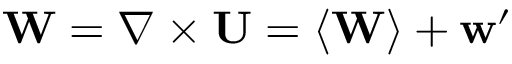
\mathbf { W } = \nabla \times \mathbf { U } = \left\langle \mathbf { W } \right\rangle + \mathbf { w } ^ { \prime }